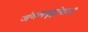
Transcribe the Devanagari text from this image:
जंगलवृद्धीसाठी